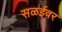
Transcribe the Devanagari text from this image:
सळईवर